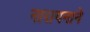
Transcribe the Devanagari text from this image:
नारायनाने